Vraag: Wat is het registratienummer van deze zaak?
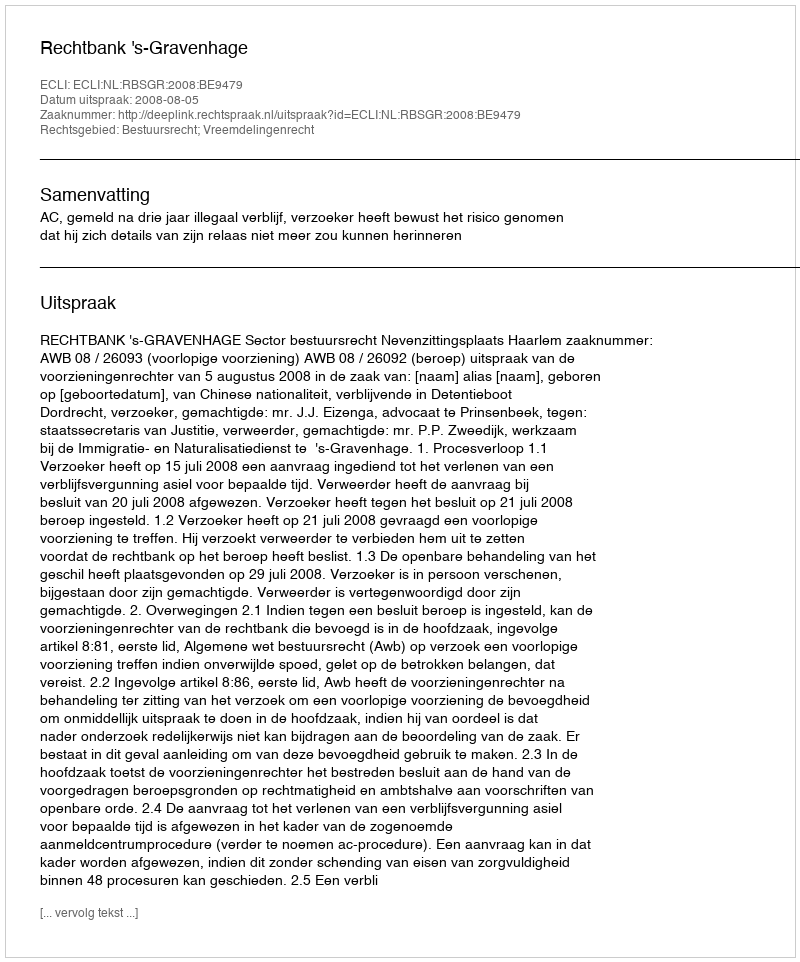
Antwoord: http://deeplink.rechtspraak.nl/uitspraak?id=ECLI:NL:RBSGR:2008:BE9479